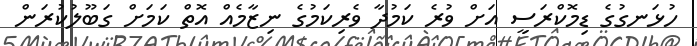
ހުޅަނގުގެ ޑިމޮކްރަސީ އަށް ވުރެ ކަމުދާ ވެރިކަމުގެ ނިޒާމެއް އޮތް ކަމަށް ގަބޫލުކުރަން